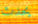
يحدث